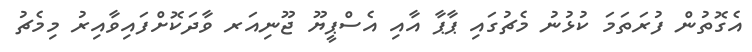
އެގޮތުން ފުރަތަމަ ކުޅުނު މެޗުގައި ޕާޕާ އާއި އެސްޕީޔޫ ޖޫނިއަރ ވާދަކޮށްފައިވާއިރު މިމެޗު